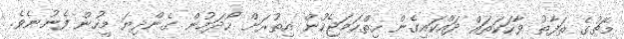
މެޗުގެ ތަފާތު ވާހަކަތައް ދައްކައިގެން ހިތްހަމަޖެހުން އިތުރަށް ހޯދަމުން ގެންދިޔަ މީހުން ފެނުނެވެ.